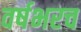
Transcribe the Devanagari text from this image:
वर्षभरच